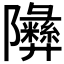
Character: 𬯧